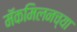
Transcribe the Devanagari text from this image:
मॅकमिलनच्या